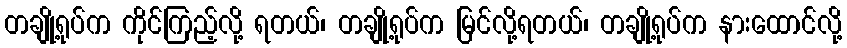
တချို့ရုပ်က ကိုင်ကြည့်လို့ ရတယ်၊ တချို့ရုပ်က မြင်လို့ရတယ်၊ တချို့ရုပ်က နားထောင်လို့